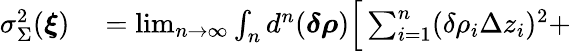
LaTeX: \begin{array}{rl}{\sigma_{\Sigma}^{2}(\boldsymbol{\xi})}&{{}=\operatorname*{lim}_{n\to\infty}\int_{n}d^{n}(\boldsymbol{\delta\rho})\Big[\sum_{i=1}^{n}(\delta\rho_{i}\Delta z_{i})^{2}+}\end{array}